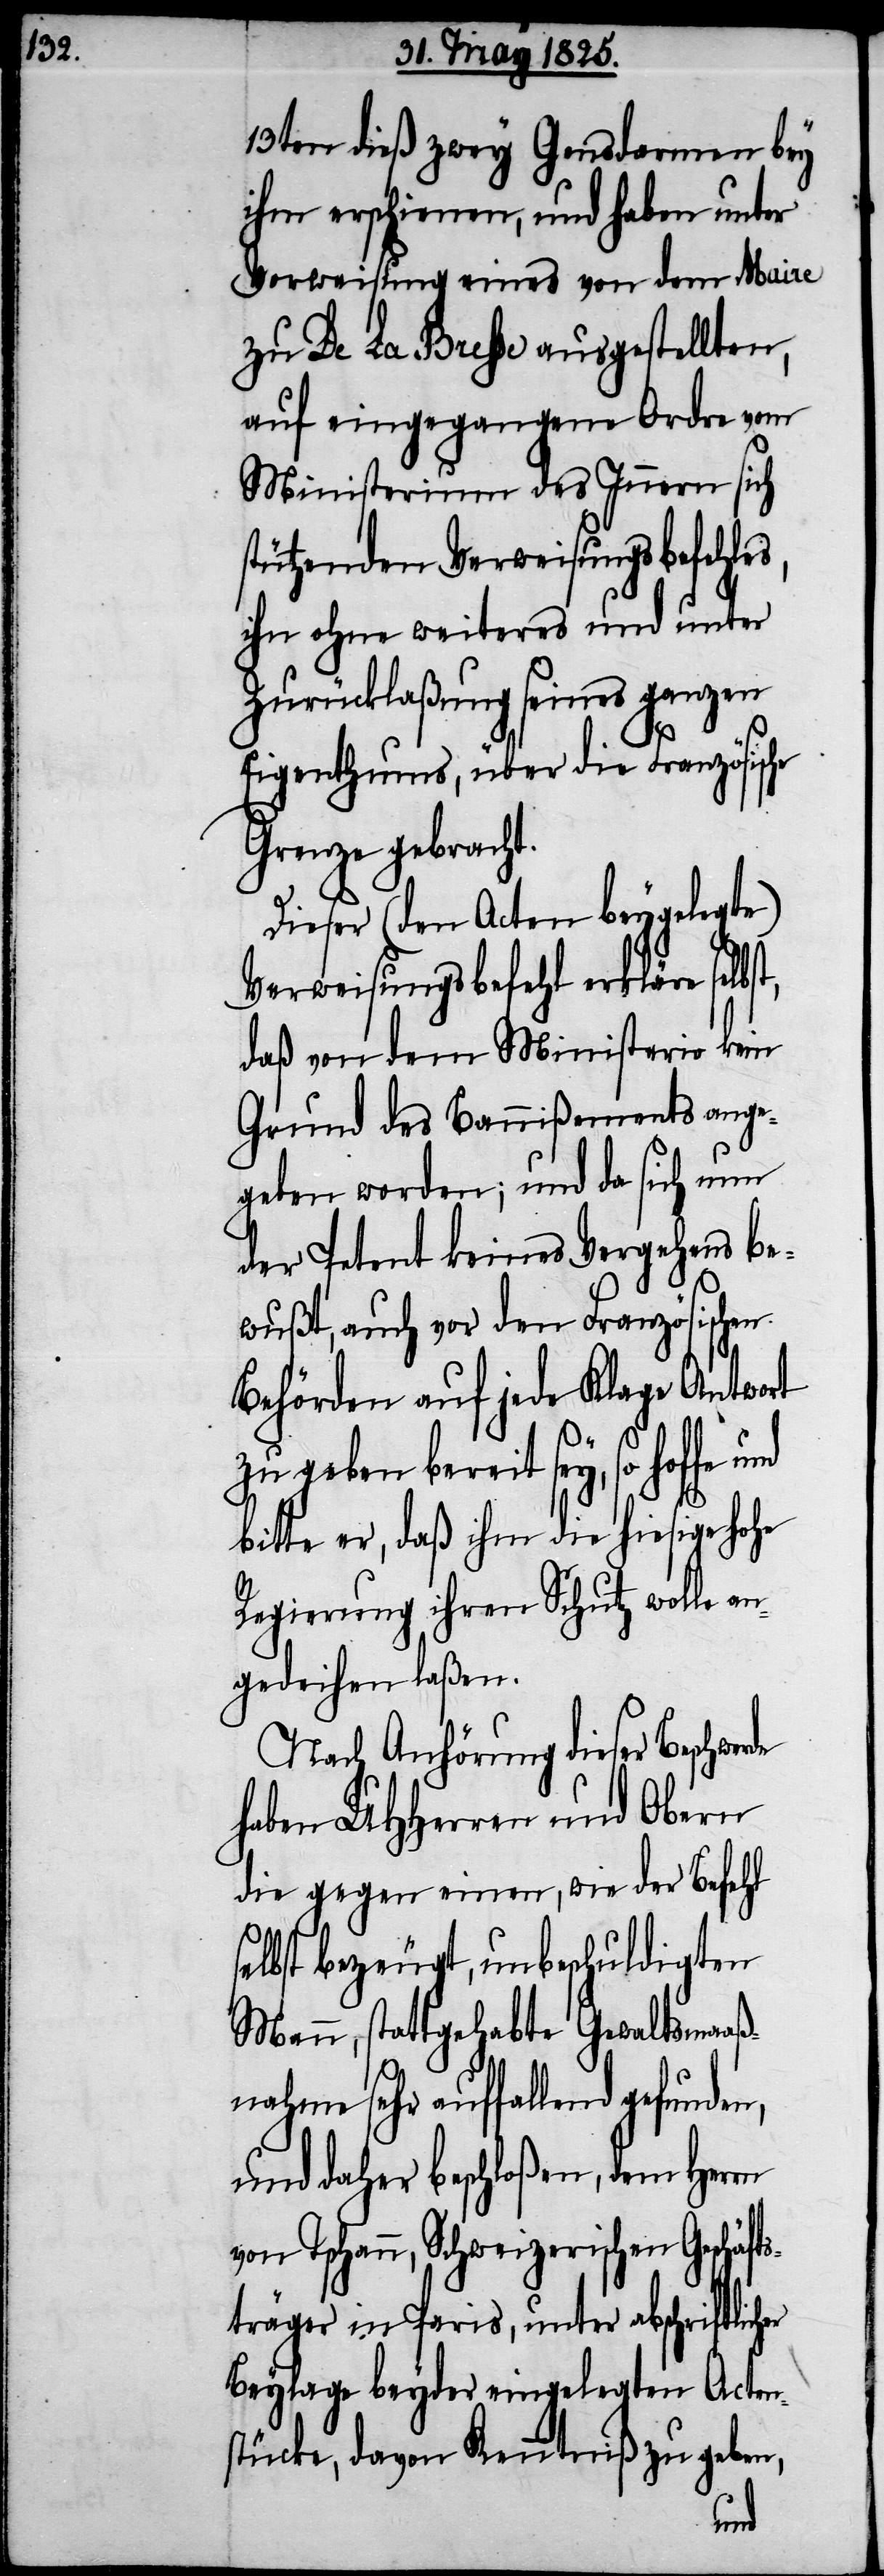
13ten dieß zwey Gendarmen bey
ihm erschienen, und haben unter
Vorweisung eines von dem Maire
zu De La Bresse ausgestellten
auf eingegangene Ordre vom
Ministerium des Innern sich
stützenden Verweisungsbefehles,
ihn ohne weiteres und unter
Zurücklaßung seines ganzen
Eigenthums, über die Französische
Grenze gebracht.
Dieser (den Acten beygelegte)
Verweisungsbefehl erkläre selb¬
daß von dem Ministerio kein
Grund des Bannißements ange¬
geben worden; und da sich nun
der Petent keines Vergehens be¬
wußt, auch vor den Französischen
Behörden auf jede Klage Antwort
zu geben bereit sey, so hoffe
bitte er, daß ihm die hiesige hohe
Regierung ihren Schutz wolle an¬
gedeihen laßen.
Nach Anhörung dieser Beschwerde
haben UHHerren und Obern
die gegen einen, wie der Befehl
selbst bezeugt, unbeschuldigten
Mann, stattgehabte Gewaltmaaß¬
nahme sehr auffallend gefunden,
und daher beschloßen, dem Herrn
Tschann, Schweizerischen Geschäf¬
tsträger in Paris, unter abschriftlicher
Beylage beyder eingelegten Acten¬
stücke, davon Kenntniß zu geben,
und